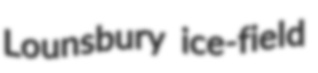
Lounsbury ice-field